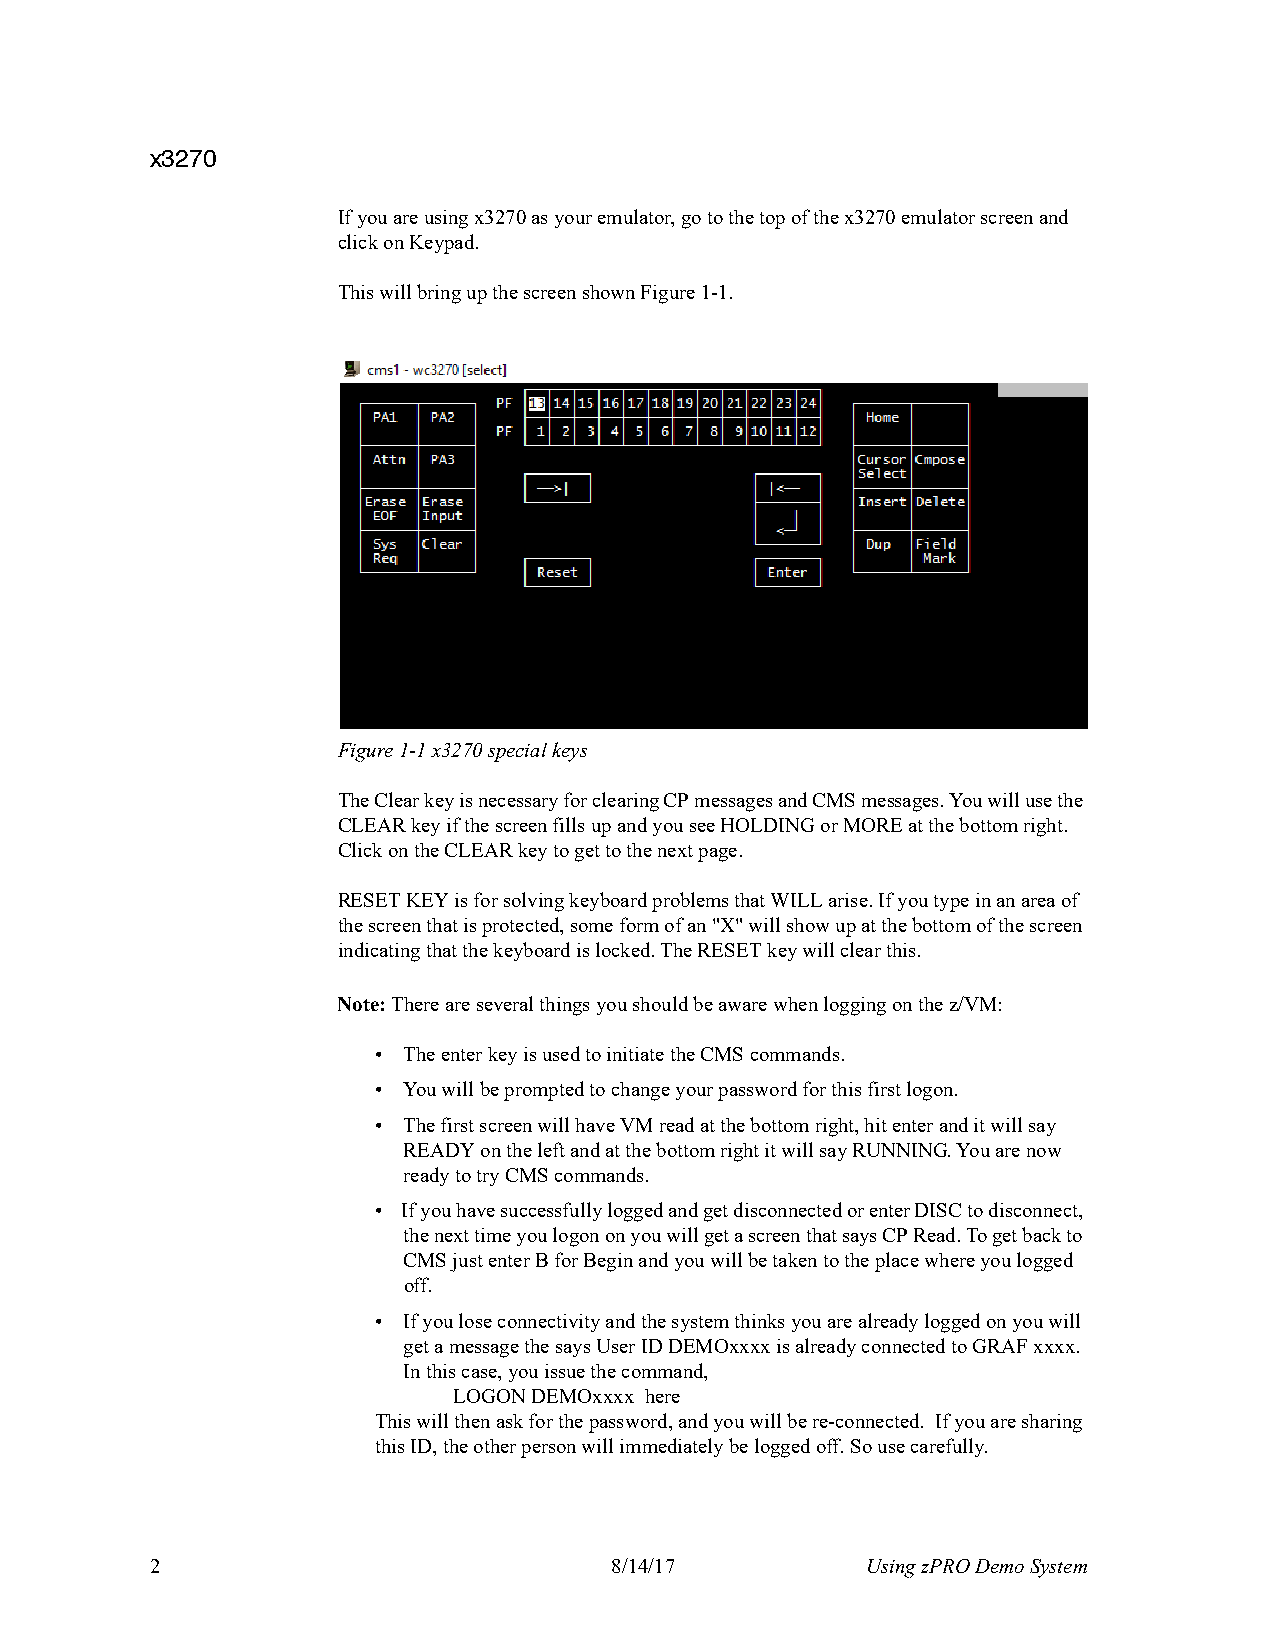
x3270
 If you are using x3270 as your emulator, go to the top of the x3270 emulator screen and
 click on Keypad.
 This will bring up the screen shown Figure1-1.
 Figure 1-1 x3270 special keys
 The Clear key is necessary for clearing CP messages and CMS messages. You will use the
 CLEAR key if the screen fills up and you see HOLDING or MORE at the bottom right.
 Click on the CLEAR key to get to the next page.
 RESET KEY is for solving keyboard problems that WILL arise. If you type in an area of
 the screen that is protected, some form of an "X" will show up at the bottom of the screen
 indicating that the keyboard is locked. The RESET key will clear this.
 Note: There are several things you should be aware when logging on the z/VM:
 • The enter key is used to initiate the CMS commands.
 • You will be prompted to change your password for this first logon.
 • The first screen will have VM read at the bottom right, hit enter and it will say
 READY on the left and at the bottom right it will say RUNNING. You are now
 ready to try CMS commands.
 • If you have successfully logged and get disconnected or enter DISC to disconnect,
 the next time you logon on you will get a screen that says CP Read. To get back to
 CMS just enter B for Begin and you will be taken to the place where you logged
 off.
 • If you lose connectivity and the system thinks you are already logged on you will
 get a message the says User ID DEMOxxxx is already connected to GRAF xxxx.
 In this case, you issue the command,
 LOGON DEMOxxxx here
 This will then ask for the password, and you will be re-connected. If you are sharing
 this ID, the other person will immediately be logged off. So use carefully.
 2                             8/14/17          Using zPRO Demo System